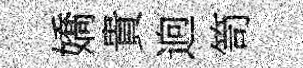
嬌貴逈笥